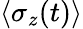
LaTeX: \langle\sigma_{z}(t)\rangle